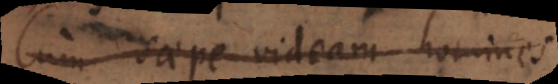
Cum saepe videam homines